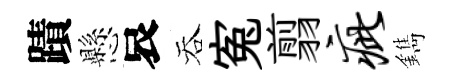
蹟懸哀吞寃翦疵鐫